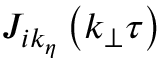
J _ { i k _ { \eta } } \left( k _ { \bot } \tau \right)